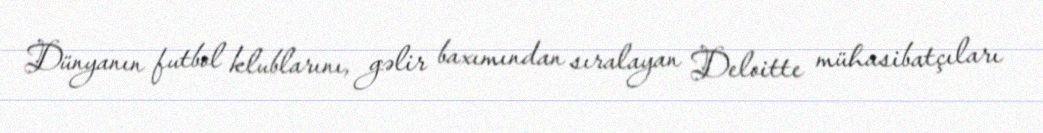
Dünyanın futbol klublarını, gəlir baxımından sıralayan Deloitte mühasibatçıları